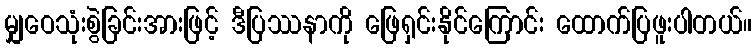
မျှဝေသုံးစွဲခြင်းအားဖြင့် ဒီပြဿနာကို ဖြေရှင်းနိုင်ကြောင်း ထောက်ပြဖူးပါတယ်။